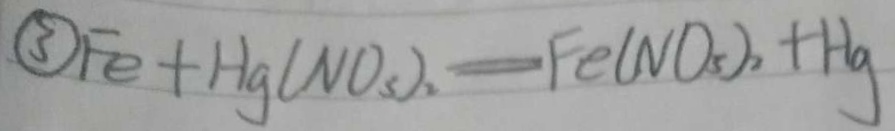
\textcircled { 3 } F e + H g ( N O _ { 5 } ) _ { 2 } = F e ( N O _ { 5 } ) _ { 2 } + H g